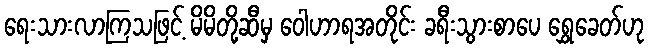
ရေးသားလာကြသဖြင့် မိမိတို့ဆီမှ ဝေါဟာရအတိုင်း ခရီးသွားစာပေ ရွှေခေတ်ဟု